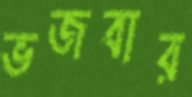
ভজবার